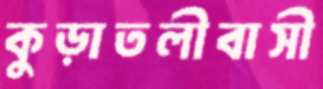
কুড়াতলীবাসী